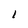
Character: I